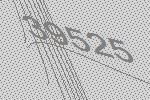
39525